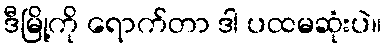
ဒီမြို့ကို ရောက်တာ ဒါ ပထမဆုံးပဲ။